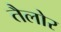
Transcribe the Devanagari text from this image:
तैलोर